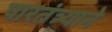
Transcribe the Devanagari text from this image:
पारतंत्र्याने